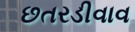
છતરડીવાવ